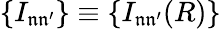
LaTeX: \{ I_{\mathfrak{n}\mathfrak{n^{\prime}}}\} \equiv\{ I_{\mathfrak{n}\mathfrak{n^{\prime}}}(R)\}